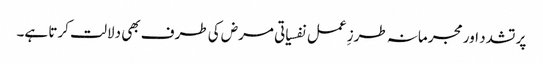
پر تشدد اور مجرمانہ طرزِ عمل نفسیاتی مرض کی طرف بھی دلالت کرتا ہے۔